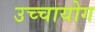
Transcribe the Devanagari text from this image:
उच्‍चायोग